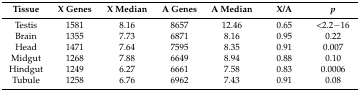
<table><thead><tr><td><b>Tissue</b></td><td><b>X Genes</b></td><td><b>X Median</b></td><td><b>A Genes</b></td><td><b>A Median</b></td><td><b>X/A</b></td><td><b><i>p</i></b></td></tr></thead><tbody><tr><td>Testis</td><td>1581</td><td>8.16</td><td>8657</td><td>12.46</td><td>0.65</td><td>&lt;2.2−16</td></tr><tr><td>Brain</td><td>1355</td><td>7.73</td><td>6871</td><td>8.16</td><td>0.95</td><td>0.22</td></tr><tr><td>Head</td><td>1471</td><td>7.64</td><td>7595</td><td>8.35</td><td>0.91</td><td>0.007</td></tr><tr><td>Midgut</td><td>1268</td><td>7.88</td><td>6649</td><td>8.94</td><td>0.88</td><td>0.10</td></tr><tr><td>Hindgut</td><td>1249</td><td>6.27</td><td>6661</td><td>7.58</td><td>0.83</td><td>0.0006</td></tr><tr><td>Tubule</td><td>1258</td><td>6.76</td><td>6962</td><td>7.43</td><td>0.91</td><td>0.08</td></tr></tbody></table>